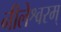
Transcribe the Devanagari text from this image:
नीलेश्वरम्